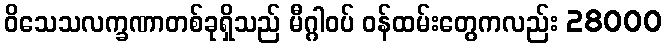
ဝိသေသလက္ခဏာတစ်ခုရှိသည် မီဂ္ဂါဝပ် ဝန်ထမ်းတွေကလည်း 28000